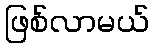
ဖြစ်လာမယ်